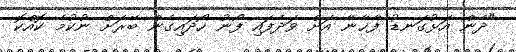
"ދެން އަޅުގަނޑު ފާޚާނާ އަށް ވަދެފައި ފޯނު ހޯދައިގެން ބޭރަށް ނުކުމެ ކޮއްކޮ